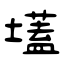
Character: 壒